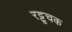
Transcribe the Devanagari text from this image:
रट्टूचक